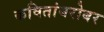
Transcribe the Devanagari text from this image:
कवितांबरोबर